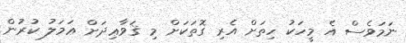
ނަމަވެސް އެ މީހަކު ހިތަށް އެރި ގޮތަކަށް މި ޤަވާޢިދަށް ޢަމަލު ކުރުން